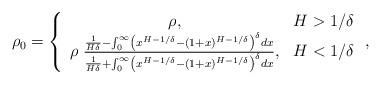
LaTeX: \begin{align*} \rho_0=\left\{ \begin{array}{cl} \rho,& H>1/\delta \\ \rho \; \frac{\frac{1}{H\delta} - \int_0^\infty \left(x^{H-1/\delta}-(1+x)^{H-1/\delta} \right)^{\delta} dx}{\frac{1}{H\delta} + \int_0^\infty \left(x^{H-1/\delta}-(1+x)^{H-1/\delta} \right)^{\delta} dx}, & H<1/\delta \end{array} \right.,\end{align*}